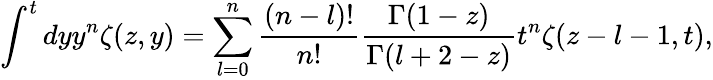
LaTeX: \int^{t}dyy^{n}\zeta(z,y)=\sum_{l=0}^{n}\frac{(n-l)!}{n!}\frac{\Gamma(1-z)}{\Gamma(l+2-z)}t^{n}\zeta(z-l-1,t),